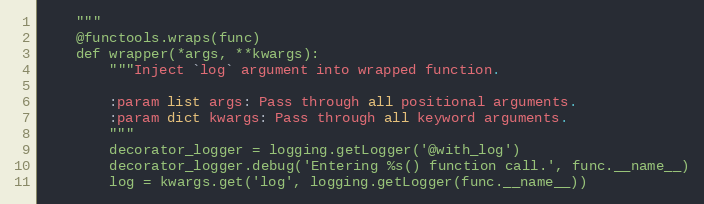
Language: Python
    """
    @functools.wraps(func)
    def wrapper(*args, **kwargs):
        """Inject `log` argument into wrapped function.

        :param list args: Pass through all positional arguments.
        :param dict kwargs: Pass through all keyword arguments.
        """
        decorator_logger = logging.getLogger('@with_log')
        decorator_logger.debug('Entering %s() function call.', func.__name__)
        log = kwargs.get('log', logging.getLogger(func.__name__))